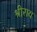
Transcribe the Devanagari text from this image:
श्रीराय